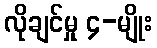
လိုချင်မှု ၄-မျိုး